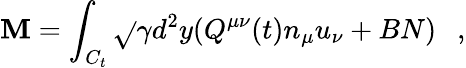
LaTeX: {\mathbf{M}}=\int_{C_{t}}\sqrt{}{{\gamma}}d^{2}y(Q^{\mu\nu}(t)n_{\mu}u_{\nu}+BN)~~~,